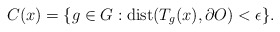
\begin{align*}C(x) =\{g \in G: {\rm dist}(T_{g}(x),\partial O) < \epsilon \}.\end{align*}